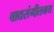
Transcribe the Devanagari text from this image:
वाद्यसंगीतमय